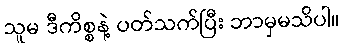
သူမ ဒီကိစ္စနဲ့ ပတ်သက်ပြီး ဘာမှမသိပါ။